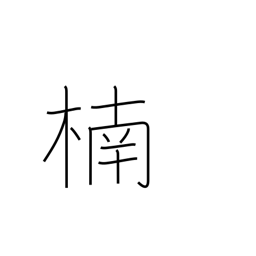
Meaning: camphor tree